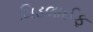
મિડલાઈફ